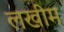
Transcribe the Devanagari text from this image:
लखीम